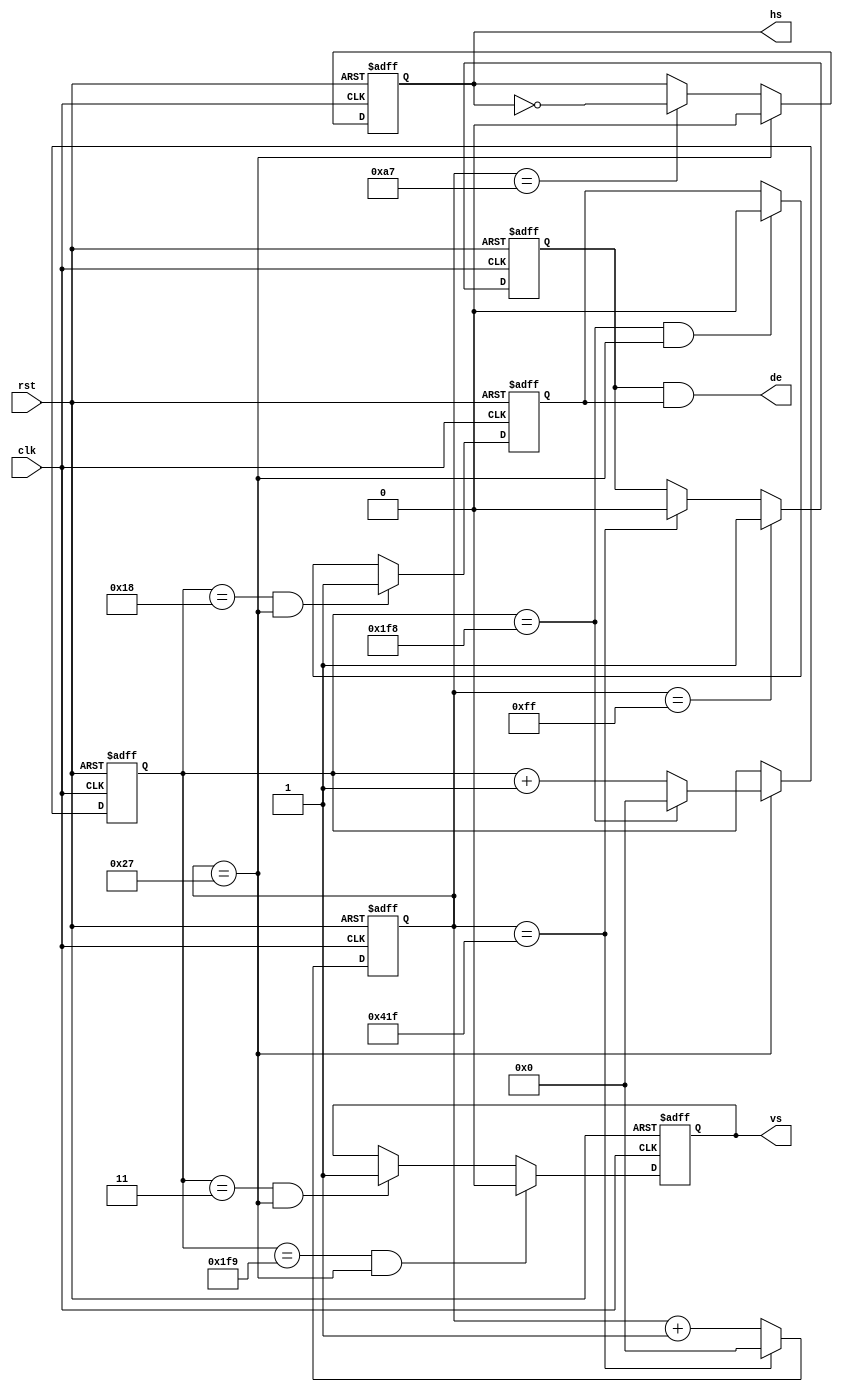
module color_bar(
	input                 clk,           //pixel clock
	input                 rst,           //reset signal high active

	// output reg [9:0] active_x,              //video x position 
	// output reg [9:0] active_y,             //video y position 

	output                hs,            //horizontal synchronization
	output                vs,            //vertical synchronization
	output                de

);

//800 x 480 33mhz
parameter H_ACTIVE = 16'd800; 
parameter H_FP = 16'd40;      
parameter H_SYNC = 16'd128;   
parameter H_BP = 16'd88;      
parameter V_ACTIVE = 16'd480; 
parameter V_FP  = 16'd1;     
parameter V_SYNC  = 16'd3;    
parameter V_BP  = 16'd21;    
parameter HS_POL = 1'b0;
parameter VS_POL = 1'b0;

parameter H_TOTAL = H_ACTIVE + H_FP + H_SYNC + H_BP;//horizontal total time (pixels)
parameter V_TOTAL = V_ACTIVE + V_FP + V_SYNC + V_BP;//vertical total time (lines)

reg hs_reg;                      //horizontal sync register
reg vs_reg;                      //vertical sync register
reg[11:0] h_cnt;                 //horizontal counter
reg[11:0] v_cnt;                 //vertical counter
reg h_active;                    //horizontal video active
reg v_active;                    //vertical video active
wire video_active;               //video active(horizontal active and vertical active)
assign hs = hs_reg;
assign vs = vs_reg;

assign de =  h_active & v_active;

//
// always@(posedge clk)
// begin
// 	if(h_cnt >= H_FP + H_SYNC + H_BP)//horizontal video active
// 		active_x <= h_cnt - (H_FP[11:0] + H_SYNC[11:0] + H_BP[11:0]);
// 	else
// 		active_x <= active_x;
// end
// always@(posedge clk)
// begin	
// 	if(v_cnt >= V_FP + V_SYNC + V_BP)//horizontal video active
// 		active_y <= v_cnt - (V_FP[11:0] + V_SYNC[11:0] + V_BP[11:0]);
// 	else
// 		active_y <= active_y;
// end


always@(posedge clk or posedge rst)
begin
	if(rst == 1'b1)
		h_cnt <= 12'd0;
	else if(h_cnt == H_TOTAL - 1)//horizontal counter maximum value
		h_cnt <= 12'd0;
	else
		h_cnt <= h_cnt + 12'd1;
end

always@(posedge clk or posedge rst)
begin
	if(rst == 1'b1)
		v_cnt <= 12'd0;
	else if(h_cnt == H_FP  - 1)//horizontal sync time
		if(v_cnt == V_TOTAL - 1)//vertical counter maximum value
			v_cnt <= 12'd0;
		else
			v_cnt <= v_cnt + 12'd1;
	else
		v_cnt <= v_cnt;
end

//
always@(posedge clk or posedge rst)
begin
	if(rst == 1'b1)
		hs_reg <= 1'b0;
	else if(h_cnt == H_FP - 1)//horizontal sync begin
		hs_reg <= HS_POL;
	else if(h_cnt == H_FP + H_SYNC - 1)//horizontal sync end
		hs_reg <= ~hs_reg;
	else
		hs_reg <= hs_reg;
end

always@(posedge clk or posedge rst)
begin
	if(rst == 1'b1)
		h_active <= 1'b0;
	else if(h_cnt == H_FP + H_SYNC + H_BP - 1)//horizontal active begin
		h_active <= 1'b1;
	else if(h_cnt == H_TOTAL - 1)//horizontal active end
		h_active <= 1'b0;
	else
		h_active <= h_active;
end

always@(posedge clk or posedge rst)
begin
	if(rst == 1'b1)
		vs_reg <= 1'd0;
	else if((v_cnt == V_ACTIVE + V_FP + V_SYNC + V_BP) && (h_cnt == H_FP - 1))//vertical sync begin
		vs_reg <= VS_POL;
	else if((v_cnt == V_SYNC) && (h_cnt == H_FP - 1))//vertical sync end
		vs_reg <= ~VS_POL;  
	else
		vs_reg <= vs_reg;
end

always@(posedge clk or posedge rst)
begin
	if(rst == 1'b1)
		v_active <= 1'd0;
	else if((v_cnt == V_SYNC + V_BP) && (h_cnt == H_FP - 1))//vertical active begin
		v_active <= 1'b1;
	else if((v_cnt == V_SYNC + V_BP + V_ACTIVE) && (h_cnt == H_FP - 1)) //vertical active end
		v_active <= 1'b0;   
	else
		v_active <= v_active;
end

endmodule